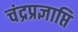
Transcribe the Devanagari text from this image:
चंद्रप्रज्ञाप्ति